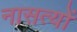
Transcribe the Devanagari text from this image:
नासत्यों